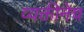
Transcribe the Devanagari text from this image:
व्यक्तीनेच